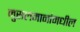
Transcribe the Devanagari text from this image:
मुसलमानांमधील